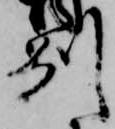
州